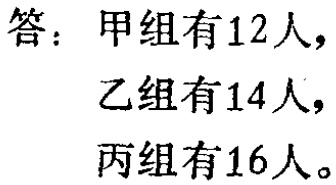
答：甲组有12人，
乙组有14人，
丙组有16人。